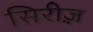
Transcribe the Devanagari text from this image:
सिरीज़़